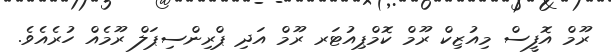
ރޫމް އޮފީސް މިއުޒިކް ރޫމް ކޮމްޕިއުޓަރ ރޫމް އަދި ޕްރިންސިޕަލް ރޫމެއް ހުރެއެވެ.